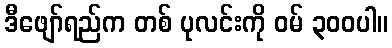
ဒီဖျော်ရည်က တစ် ပုလင်းကို ဝမ် ၃၀၀ပါ။